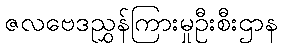
ဇလဗေဒညွှန်ကြားမှုဦးစီးဌာန